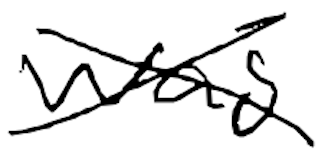
Text: was
Cross-out: cross
Writing tool: digital_black